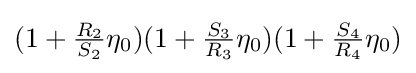
(1+{\tfrac {R_{2}}{S_{2}}}\eta _{0})(1+{\tfrac {S_{3}}{R_{3}}}\eta _{0})(1+{\tfrac {S_{4}}{R_{4}}}\eta _{0})